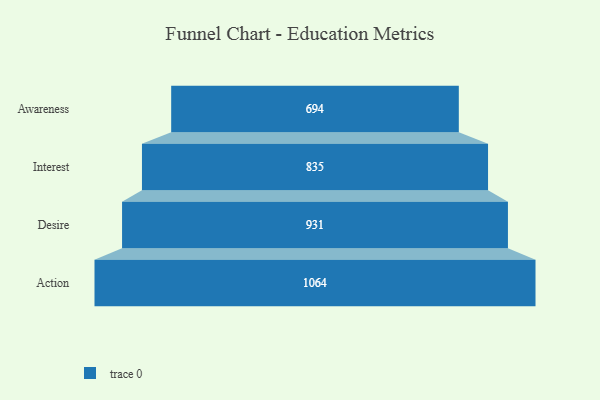
{"axis": {"x": "Stage", "y": "Value"}, "legend": [""], "data": [{"x": "Awareness", "y": 694.0, "type": ""}, {"x": "Interest", "y": 835.0, "type": ""}, {"x": "Desire", "y": 931.0, "type": ""}, {"x": "Action", "y": 1064.0, "type": ""}]}